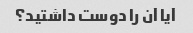
آیا آن را دوست داشتید؟